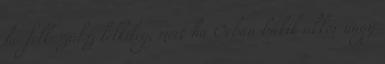
ha felkészülsz lelkileg, mert ha Orbán bukik akkor nagy